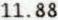
11.88